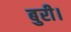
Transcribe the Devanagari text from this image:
बुरी।